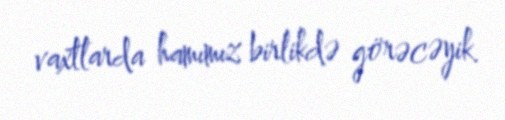
vaxtlarda hamımız birlikdə görəcəyik.